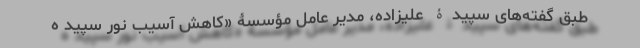
طبق گفته‌های سپیدۀ علیزاده، مدیر عامل مؤسسۀ «کاهش آسیب نور سپید ه